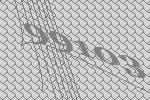
99103